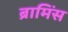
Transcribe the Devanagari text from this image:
ब्रामिंस